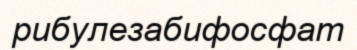
рибулезабифосфат